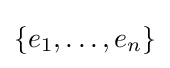
\{e_{1},\dots ,e_{n}\}